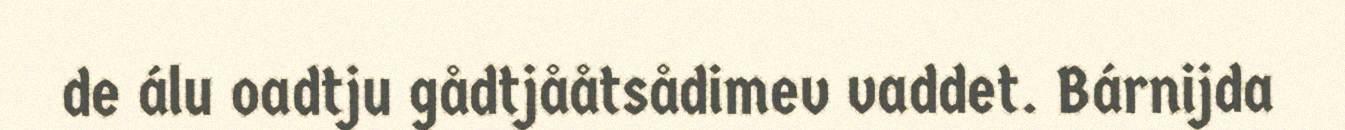
de álu oadtju gådtjååtsådimev vaddet. Bárnijda